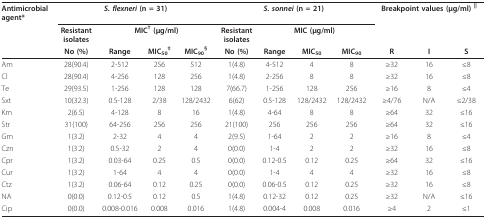
<table><thead><tr><td><b>Antimicrobialagent*</b></td><td colspan="4"><b><i>S. flexneri </i>(n = 31)</b></td><td colspan="4"><b><i>S. sonnei </i>(n = 21)</b></td><td colspan="3"><b>Breakpoint values (μg/ml) <sup>||</sup></b></td></tr><tr><td></td><td><b>Resistantisolates</b></td><td colspan="3"><b>MIC<sup>† </sup>(μg/ml)</b></td><td><b>Resistantisolates</b></td><td colspan="3"><b>MIC (μg/ml)</b></td><td></td><td></td><td></td></tr><tr><td></td><td><b>No (%)</b></td><td><b>Range</b></td><td><b>MIC<sub>50</sub><sup>‡</sup></b></td><td><b>MIC<sub>90</sub><sup>§</sup></b></td><td><b>No (%)</b></td><td><b>Range</b></td><td><b>MIC<sub>50</sub></b></td><td><b>MIC<sub>90</sub></b></td><td><b>R</b></td><td><b>I</b></td><td><b>S</b></td></tr></thead><tbody><tr><td>Am</td><td>28(90.4)</td><td>2-512</td><td>256</td><td>512</td><td>1(4.8)</td><td>4-512</td><td>4</td><td>8</td><td>≥32</td><td>16</td><td>≤8</td></tr><tr><td>Cl</td><td>28(90.4)</td><td>4-256</td><td>128</td><td>256</td><td>1(4.8)</td><td>2-256</td><td>8</td><td>8</td><td>≥32</td><td>16</td><td>≤8</td></tr><tr><td>Te</td><td>29(93.5)</td><td>1-256</td><td>128</td><td>128</td><td>7(66.7)</td><td>1-256</td><td>128</td><td>256</td><td>≥16</td><td>8</td><td>≤4</td></tr><tr><td>Sxt</td><td>10(32.3)</td><td>0.5-128</td><td>2/38</td><td>128/2432</td><td>6(62)</td><td>0.5-128</td><td>128/2432</td><td>128/2432</td><td>≥4/76</td><td>N/A</td><td>≤2/38</td></tr><tr><td>Km</td><td>2(6.5)</td><td>4-128</td><td>8</td><td>16</td><td>1(4.8)</td><td>4-64</td><td>8</td><td>8</td><td>≥64</td><td>32</td><td>≤16</td></tr><tr><td>Str</td><td>31(100)</td><td>64-256</td><td>256</td><td>256</td><td>21(100)</td><td>256</td><td>256</td><td>256</td><td>≥64</td><td>32</td><td>≤16</td></tr><tr><td>Gm</td><td>1(3.2)</td><td>2-32</td><td>4</td><td>4</td><td>2(9.5)</td><td>1-64</td><td>2</td><td>2</td><td>≥16</td><td>8</td><td>≤4</td></tr><tr><td>Czn</td><td>1(3.2)</td><td>0.5-32</td><td>2</td><td>4</td><td>0(0.0)</td><td>1-4</td><td>2</td><td>2</td><td>≥32</td><td>16</td><td>≤8</td></tr><tr><td>Cpr</td><td>1(3.2)</td><td>0.03-64</td><td>0.25</td><td>0.5</td><td>0(0.0)</td><td>0.12-0.5</td><td>0.12</td><td>0.25</td><td>≥64</td><td>32</td><td>≤16</td></tr><tr><td>Cur</td><td>1(3.2)</td><td>1-64</td><td>4</td><td>4</td><td>0(0.0)</td><td>1-4</td><td>4</td><td>4</td><td>≥32</td><td>16</td><td>≤8</td></tr><tr><td>Ctz</td><td>1(3.2)</td><td>0.06-64</td><td>0.12</td><td>0.25</td><td>0(0.0)</td><td>0.06-0.5</td><td>0.12</td><td>0.25</td><td>≥32</td><td>16</td><td>≤8</td></tr><tr><td>NA</td><td>0(0.0)</td><td>0.12-0.5</td><td>0.12</td><td>0.5</td><td>1(4.8)</td><td>0.12-32</td><td>0.12</td><td>0.25</td><td>≥32</td><td>N/A</td><td>≤16</td></tr><tr><td>Cip</td><td>0(0.0)</td><td>0.008-0.016</td><td>0.008</td><td>0.016</td><td>1(4.8)</td><td>0.004-4</td><td>0.008</td><td>0.016</td><td>≥4</td><td>2</td><td>≤1</td></tr></tbody></table>